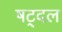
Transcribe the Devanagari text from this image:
षट्दल